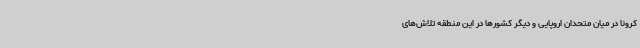
کرونا در میان متحدان اروپایی و دیگر کشورها در این منطقه تلاش‌های